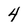
Character: 4